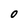
Character: 0